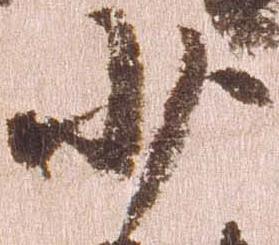
少